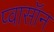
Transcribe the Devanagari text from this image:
प्वासॉन